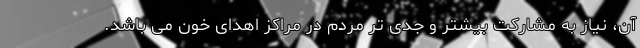
آن، نیاز به مشارکت بیشتر و جدی تر مردم در مراکز اهدای خون می باشد.